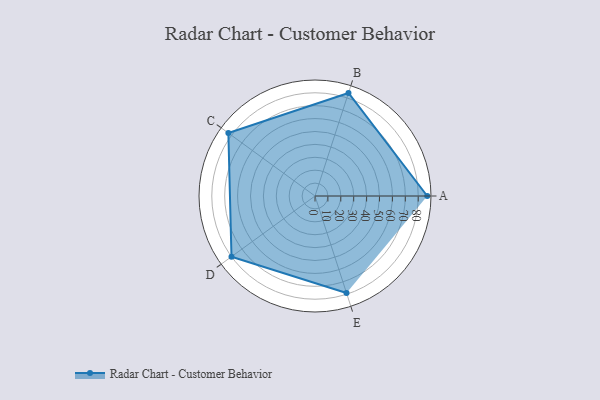
{"axis": {"x": "Skill", "y": "Score"}, "legend": ["Profile"], "data": [{"x": "A", "y": 87.0, "type": "Profile"}, {"x": "B", "y": 84.0, "type": "Profile"}, {"x": "C", "y": 83.0, "type": "Profile"}, {"x": "D", "y": 80.0, "type": "Profile"}, {"x": "E", "y": 79.0, "type": "Profile"}]}